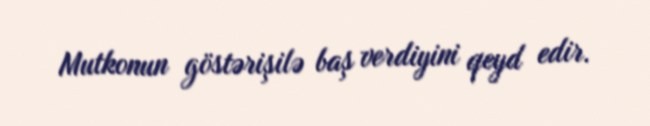
Mutkonun göstərişilə baş verdiyini qeyd edir.